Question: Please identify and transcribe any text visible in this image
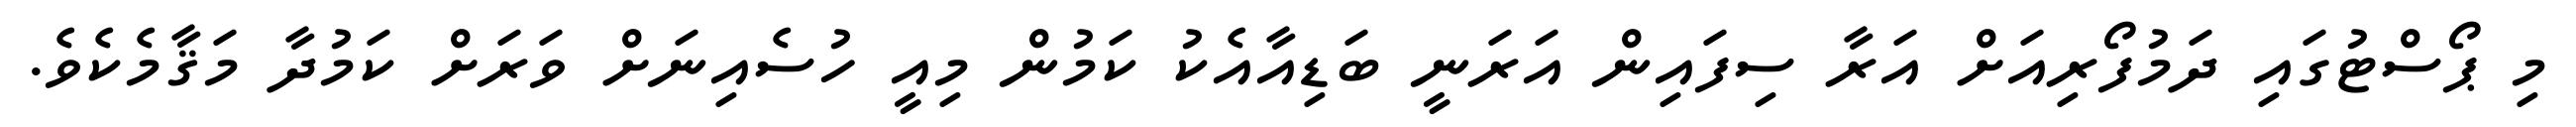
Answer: މި ޕޯސްޓުގައި ދަމުފޯރިއަށް އަރާ ސިފައިން އަރަނީ ބަޑިއާއެކު ކަމުން މިއީ ހުސެއިނަށް ވަރަށް ކަމުދާ މަޤާމެކެވެ.